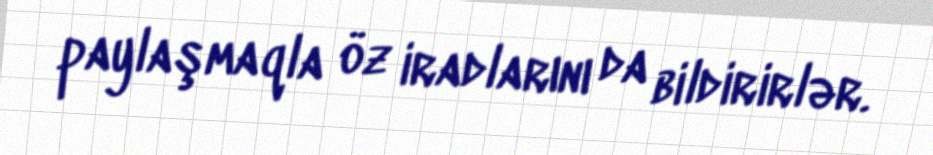
paylaşmaqla öz iradlarını da bildirirlər.